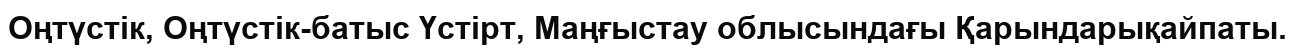
Оңтүстік, Оңтүстік-батыс Үстірт, Маңғыстау облысындағы Қарындарықайпаты.